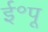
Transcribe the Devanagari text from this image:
ई॰पू